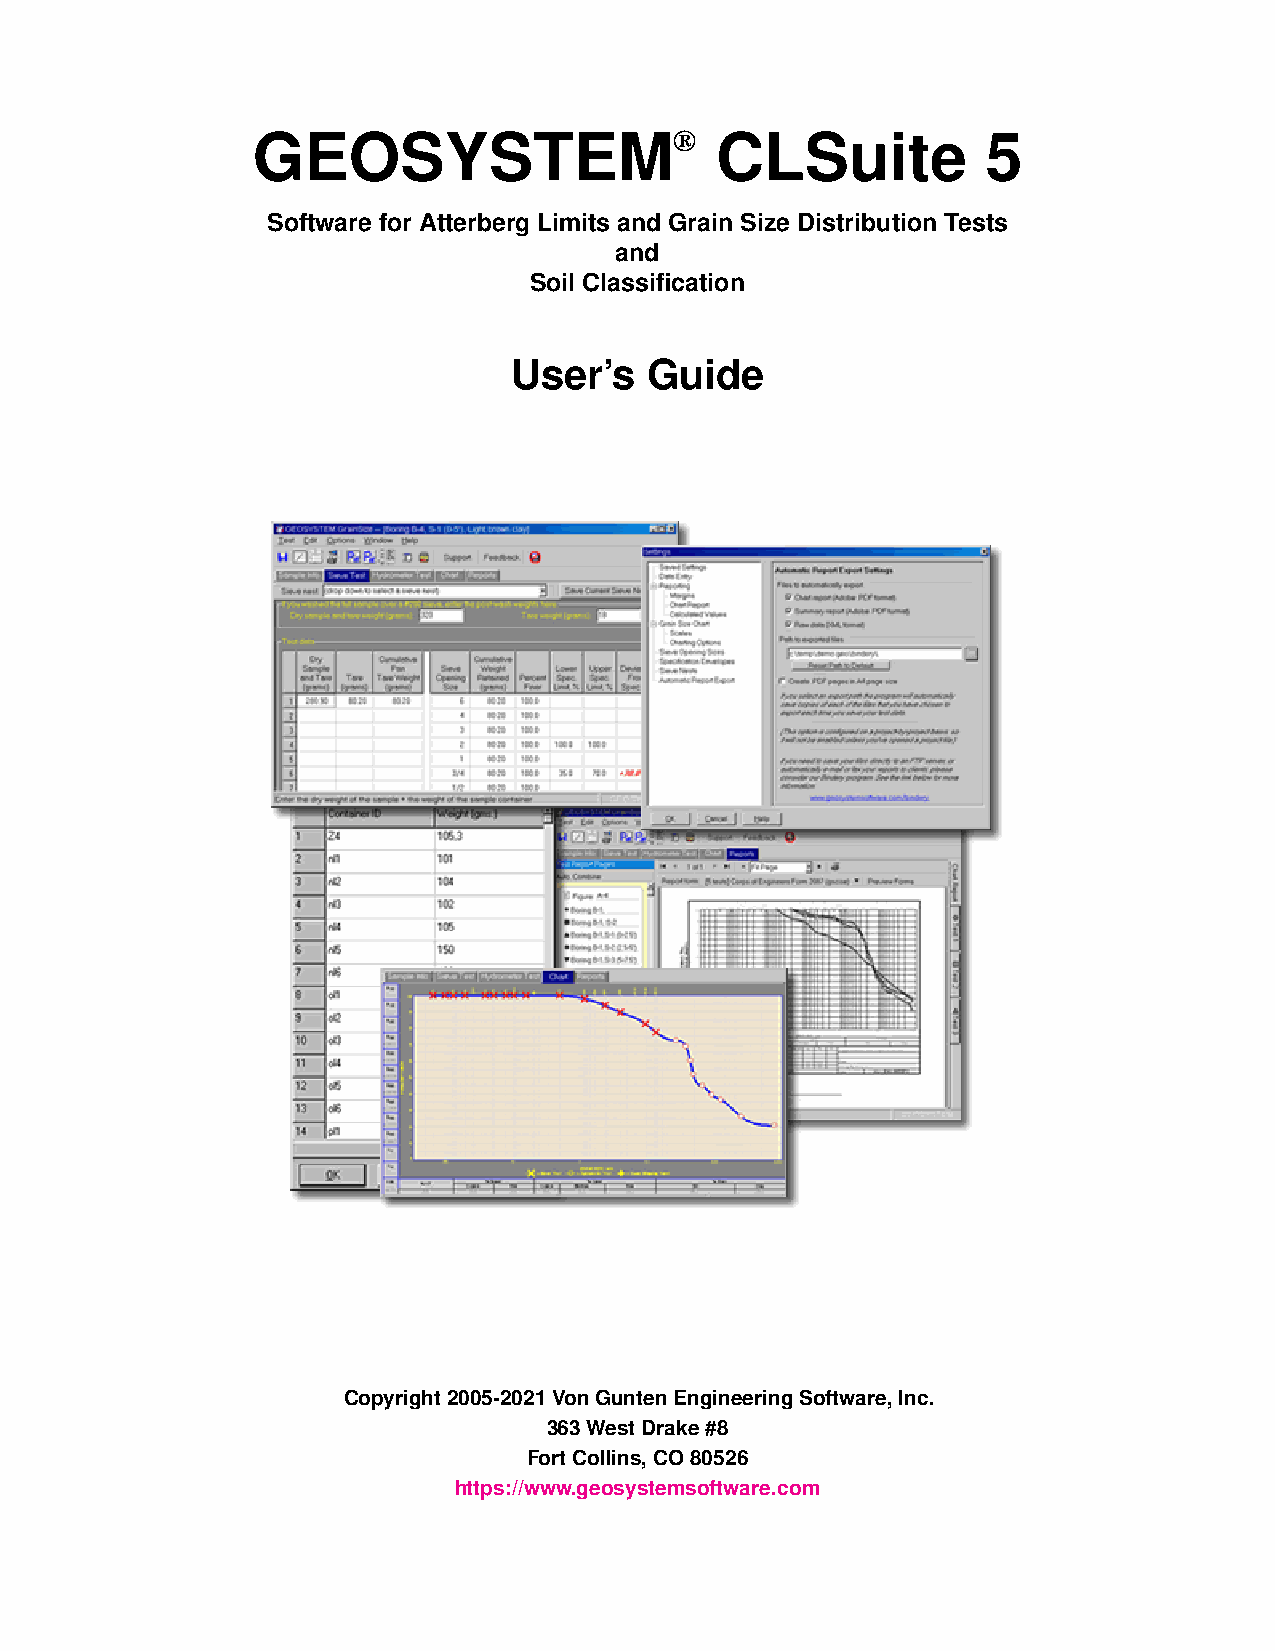
GEOSYSTEM®                    CLSuite           5
 Software for Atterberg Limits and Grain Size Distribution Tests
 and
 Soil Classification
 User’s   Guide
 Copyright2005-2021VonGuntenEngineeringSoftware,Inc.
 363WestDrake#8
 FortCollins,CO80526
 https://www.geosystemsoftware.com